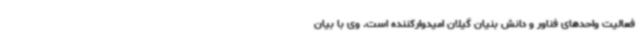
فعالیت واحدهای فناور و دانش بنیان گیلان امیدوارکننده است. وی با بیان